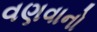
વણવાનો